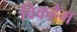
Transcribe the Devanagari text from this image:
विकहैम